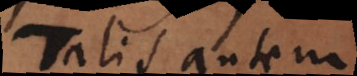
Talis autem